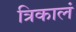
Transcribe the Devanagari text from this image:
त्रिकालं